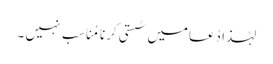
لہٰذا دُعامیں سُستی کرنا مُناسِب نہیں ۔